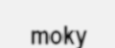
moky